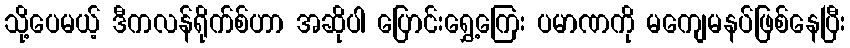
သို့ပေမယ့် ဒီကလန်ရိုက်စ်ဟာ အဆိုပါ ပြောင်းရွှေ့ကြေး ပမာဏကို မကျေမနပ်ဖြစ်နေပြီး